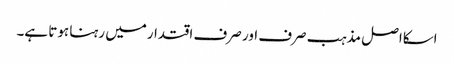
اسکااصل مذہب صرف اور صرف اقتدارمیں رہنا ہوتا ہے۔